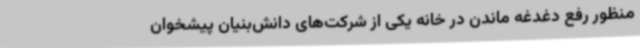
منظور رفع دغدغه‌ ماندن در خانه یکی از شرکت‌های دانش‌بنیان پیشخوان